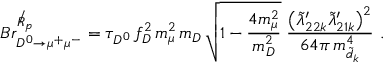
{ \cal B } r _ { D ^ { 0 } \to \mu ^ { + } \mu ^ { - } } ^ { \not R _ { p } } = \tau _ { D ^ { 0 } } \, f _ { D } ^ { 2 } \, m _ { \mu } ^ { 2 } \, m _ { D } \, \sqrt { 1 - \frac { 4 m _ { \mu } ^ { 2 } } { m _ { D } ^ { 2 } } } \; \frac { \left( \tilde { \lambda } _ { 2 2 k } ^ { \prime } \tilde { \lambda } _ { 2 1 k } ^ { \prime } \right) ^ { 2 } } { 6 4 \pi \, m _ { \tilde { d } _ { k } } ^ { 4 } } ~ .